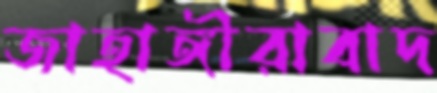
জাহাঙ্গীরাবাদ